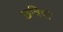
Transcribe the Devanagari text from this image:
छत्रियो